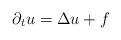
LaTeX: \begin{align*}\partial_t u=\Delta u+ f\end{align*}